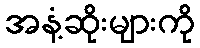
အနံ့ဆိုးများကို